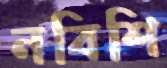
নবিশি